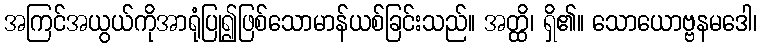
အကြင်အယွယ်ကိုအာရုံပြု၍ဖြစ်သောမာန်ယစ်ခြင်းသည်။ အတ္ထိ၊ ရှိ၏။ သောယောဗ္ဗနမဒေါ၊